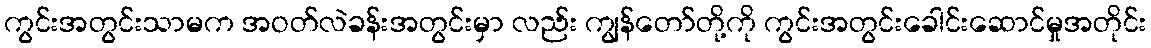
ကွင်းအတွင်းသာမက အဝတ်လဲခန်းအတွင်းမှာ လည်း ကျွန်တော်တို့ကို ကွင်းအတွင်းခေါင်းဆောင်မှုအတိုင်း